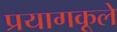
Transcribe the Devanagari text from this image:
प्रयागकूले